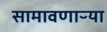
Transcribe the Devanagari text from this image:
सामावणाऱ्या